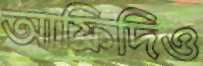
আফ্রিদিও